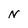
Character: N